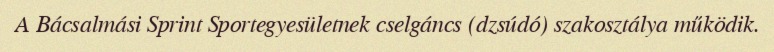
A Bácsalmási Sprint Sportegyesületnek cselgáncs (dzsúdó) szakosztálya működik.